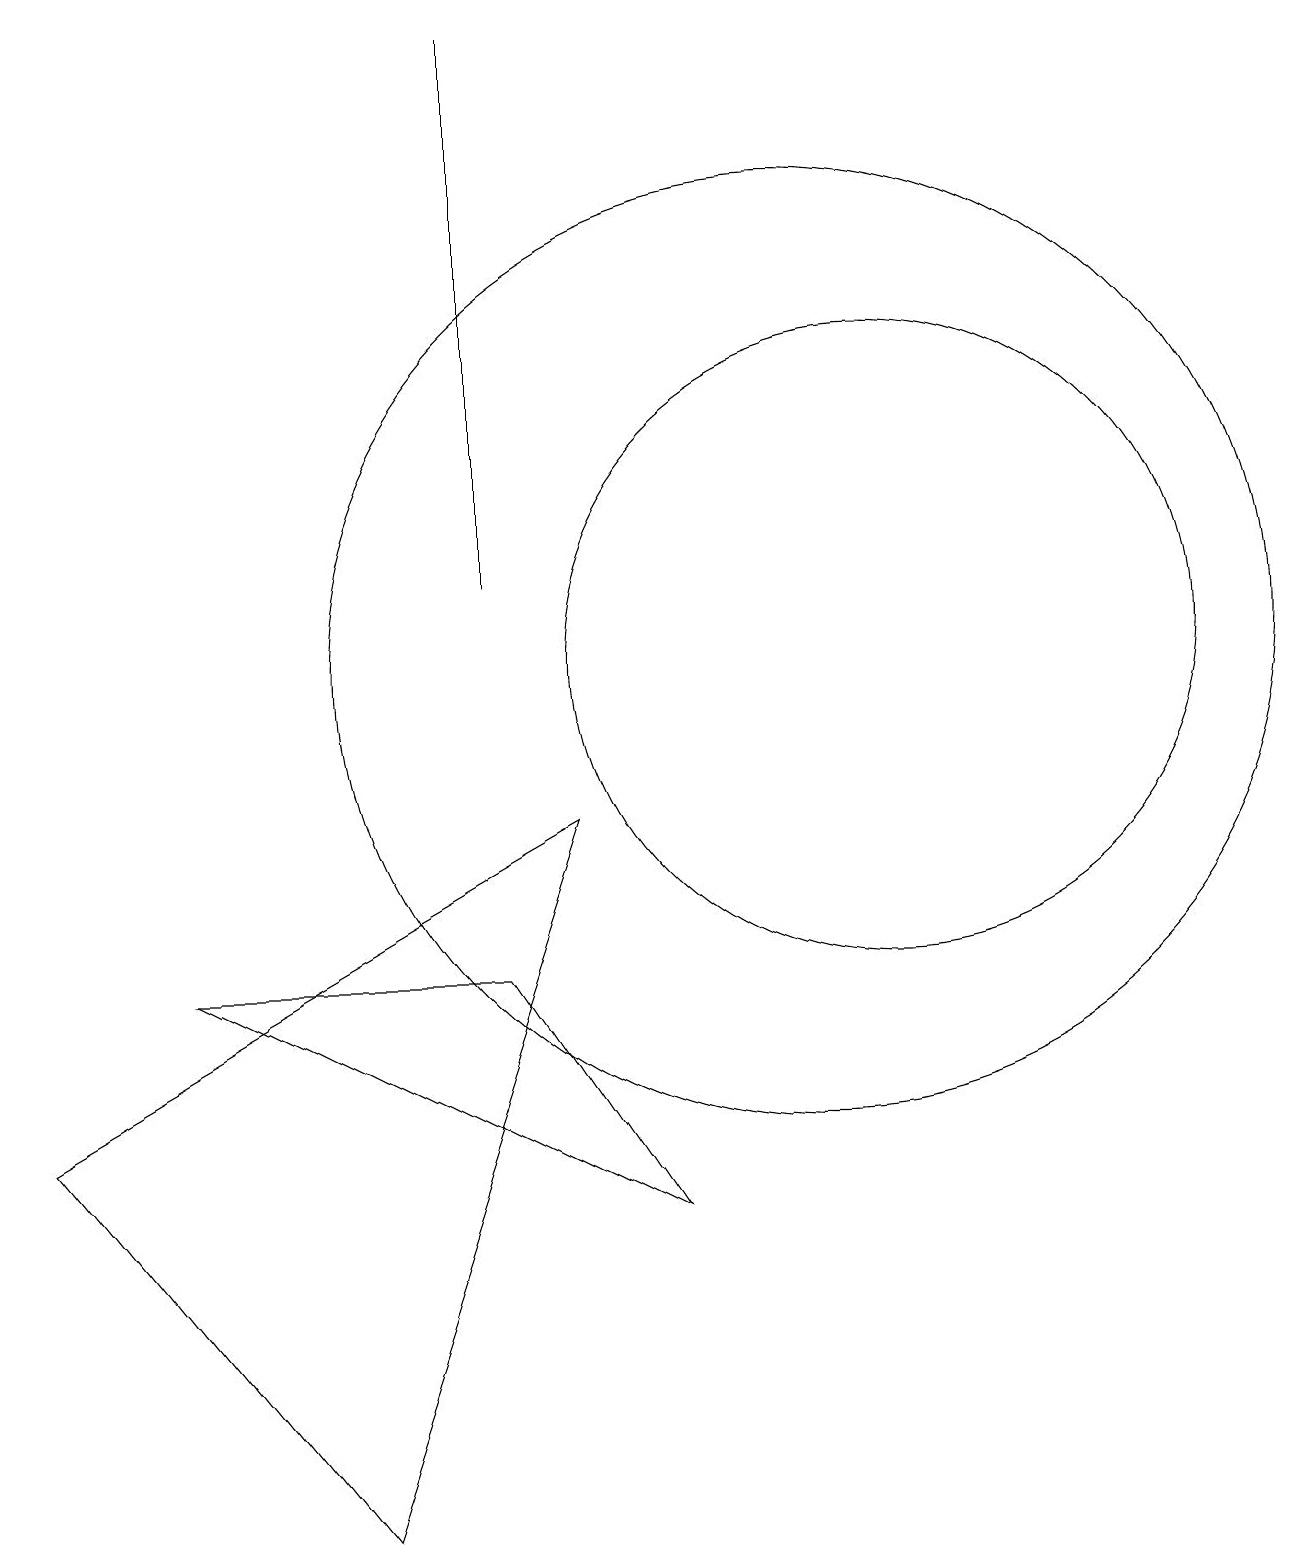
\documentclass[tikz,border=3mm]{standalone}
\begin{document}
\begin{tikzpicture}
\draw (10,11) circle (6);
\draw (6,12) rectangle (6,19);
\draw (4,0) -- (7,9) -- (0,5) -- cycle;
\draw (11,11) circle (4);
\draw (8,4) -- (6,7) -- (2,7) -- cycle;
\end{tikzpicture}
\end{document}